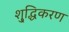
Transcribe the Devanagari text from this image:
शु्द्धिकरण